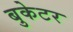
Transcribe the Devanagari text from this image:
बुकेटर